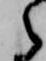
之